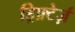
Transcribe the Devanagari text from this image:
ड्रिफ़्टेर्ज़